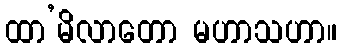
ထာ’မိလာတော မဟာသဟာ။